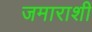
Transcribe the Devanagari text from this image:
जमाराशी